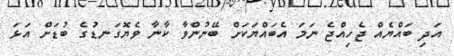
އަދި ބައްޔެއް ޖެހިއްޖެ ނަމަ އެބައްޔަކަށް ބޭނުންވާ ކާނާ ވެޔޮގަނޑުގެ ބުޑަށް އަޅަ